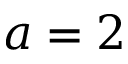
a = 2